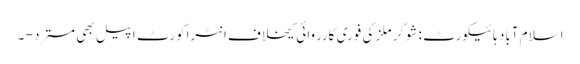
اسلام آباد ہائیکورٹ :شوگر ملز کی فوری کارروائی کیخلاف انٹراکورٹ اپیل بھی مسترد - ۔